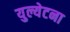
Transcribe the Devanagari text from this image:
युल्येटना